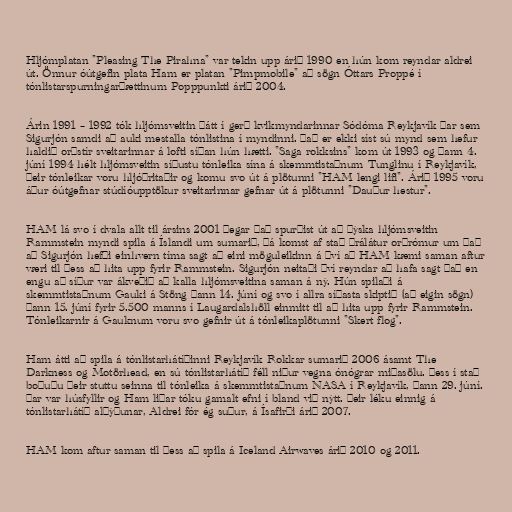
Hljómplatan "Pleasing The Pirahna" var tekin upp árið 1990 en hún kom reyndar aldrei
út. Önnur óútgefin plata Ham er platan "Pimpmobile" að sögn Óttars Proppé í
tónlistarspurningarþættinum Popppunkti árið 2004.

Árin 1991 – 1992 tók hljómsveitin þátt í gerð kvikmyndarinnar Sódóma Reykjavík þar sem
Sigurjón samdi að auki mestalla tónlistina í myndinni. Það er ekki síst sú mynd sem hefur
haldið orðstír sveitarinnar á lofti síðan hún hætti. "Saga rokksins" kom út 1993 og þann 4.
júní 1994 hélt hljómsveitin síðustu tónleika sína á skemmtistaðnum Tunglinu í Reykjavík,
þeir tónleikar voru hljóðritaðir og komu svo út á plötunni "HAM lengi lifi". Árið 1995 voru
áður óútgefnar stúdíóupptökur sveitarinnar gefnar út á plötunni "Dauður hestur".

HAM lá svo í dvala allt til ársins 2001 þegar það spurðist út að þýska hljómsveitin
Rammstein myndi spila á Íslandi um sumarið, þá komst af stað þrálátur orðrómur um það
að Sigurjón hefði einhvern tíma sagt að eini möguleikinn á því að HAM kæmi saman aftur
væri til þess að hita upp fyrir Rammstein. Sigurjón neitaði því reyndar að hafa sagt það en
engu að síður var ákveðið að kalla hljómsveitina saman á ný. Hún spilaði á
skemmtistaðnum Gauki á Stöng þann 14. júní og svo í allra síðasta skiptið (að eigin sögn)
þann 15. júní fyrir 5.500 manns í Laugardalshöll einmitt til að hita upp fyrir Rammstein.
Tónleikarnir á Gauknum voru svo gefnir út á tónleikaplötunni "Skert flog".

Ham átti að spila á tónlistarhátíðinni Reykjavík Rokkar sumarið 2006 ásamt The
Darkness og Motörhead, en sú tónlistarhátíð féll niður vegna ónógrar miðasölu. Þess í stað
boðuðu þeir stuttu seinna til tónleika á skemmtistaðnum NASA í Reykjavík, þann 29. júní.
Þar var húsfyllir og Ham liðar tóku gamalt efni í bland við nýtt. Þeir léku einnig á
tónlistarhátíð alþýðunar, Aldrei fór ég suður, á Ísafirði árið 2007.

HAM kom aftur saman til þess að spila á Iceland Airwaves árið 2010 og 2011.